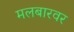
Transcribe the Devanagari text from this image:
मलबारवर